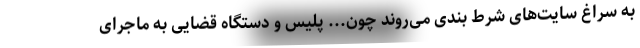
به سراغ سایت‌های شرط بندی می‌روند چون... پلیس و دستگاه قضایی به ماجرای